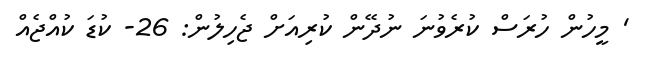
' މީހުން ހުރަސް ކުރެވުނަ ނުދޭން ކުރިއަށް ޖެހިލުން: 26- ކުޑަ ކުއްޖެއް